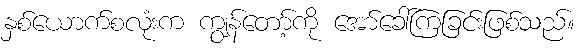
နှစ်ယောက်စလုံးက ကျွန်တော့်ကို အော်ခေါ်ကြခြင်းဖြစ်သည်။